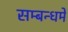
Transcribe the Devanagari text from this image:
सम्बन्धमे